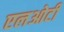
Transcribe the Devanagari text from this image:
एलओटी